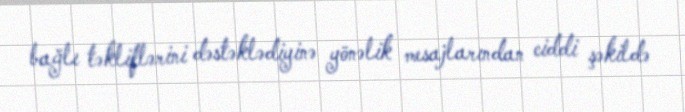
bağlı təkliflərini dəstəklədiyinə yönəlik mesajlarından ciddi şəkildə